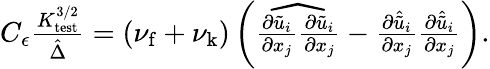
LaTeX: \begin{array}{r}{C_{\epsilon}\frac{K_{\mathrm{test}}^{3/2}}{\hat{\Delta}}=(\nu_{\mathrm{f}}+\nu_{\mathrm{k}})\left(\widehat{\frac{\partial\tilde{u}_{i}}{\partial x_{j}}\frac{\partial\tilde{u}_{i}}{\partial x_{j}}}-\frac{\partial\hat{\tilde{u}}_{i}}{\partial x_{j}}\frac{\partial\hat{\tilde{u}}_{i}}{\partial x_{j}}\right).}\end{array}